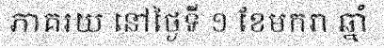
ភាគរយ នៅថ្ងៃទី ១ ខែមករា ឆ្នាំ